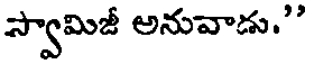
స్వామిజీ అనువాడు."